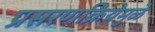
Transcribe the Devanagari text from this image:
प्रसरणक्रियेमुळे